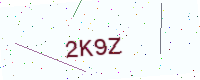
Text: 2K9Z